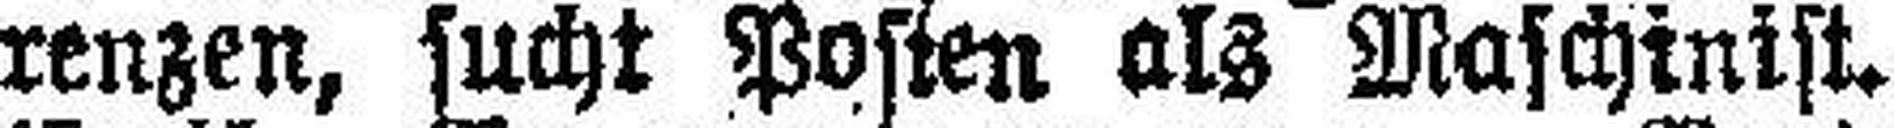
renzen, sucht Posten als Maschinist.